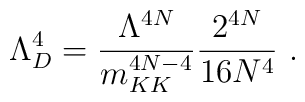
\Lambda^4_D=\frac{\Lambda^{4N}}{m_{KK}^{4N-4}} \frac{2^{4N}}{16 N^4}\ .